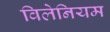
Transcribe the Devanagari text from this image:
विलेनियम